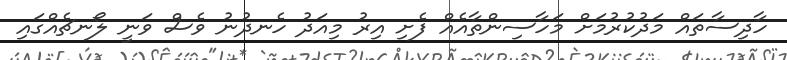
ހާދިސާތައް މަދުކުރުމަށް މަހާސިންތާއެއް ފެށި އިރު މިއަދު ހެނދުނު ވެސް ވަނީ ލޯނޗެއްގައި